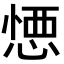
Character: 𢝴